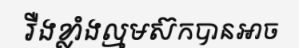
រឺងខ្លាំងល្មមស៊កបានអាច